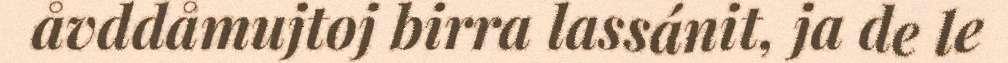
åvddåmujtoj birra lassánit, ja de le